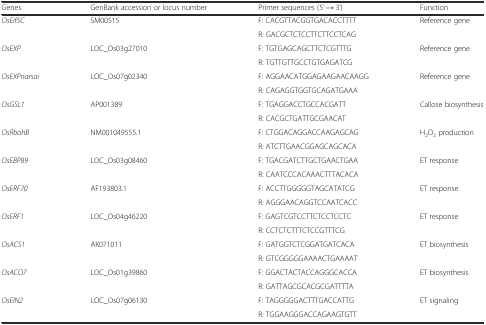
| Genes | GenBank accession or locus number | Primer sequences (5’ → 3’) | Function |
 | --- | --- | --- | --- |
 | <ROWSPAN=2> OsEif5C | <ROWSPAN=2> SM00515 | F: CACGTTACGGTGACACCTTTT | <ROWSPAN=2> Reference gene |
 | R: GACGCTCTCCTTCTTCCTCAG |
 | <ROWSPAN=2> OsEXP | <ROWSPAN=2> LOC_Os03g27010 | F: TGTGAGCAGCTTCTCGTTTG | <ROWSPAN=2> Reference gene |
 | R: TGTTGTTGCCTGTGAGATCG |
 | <ROWSPAN=2> OsEXPnarsai | <ROWSPAN=2> LOC_Os07g02340 | F: AGGAACATGGAGAAGAACAAGG | <ROWSPAN=2> Reference gene |
 | R: CAGAGGTGGTGCAGATGAAA |
 | <ROWSPAN=2> OsGSL1 | <ROWSPAN=2> AP001389 | F: TGAGGACCTGCCACGATT | <ROWSPAN=2> Callose biosynthesis |
 | R: CACGCTGATTGCGAACAT |
 | <ROWSPAN=2> OsRbohB | <ROWSPAN=2> NM001049555.1 | F: CTGGACAGGACCAAGAGCAG | <ROWSPAN=2> H2O2 production |
 | R: ATCTTGAACGGAGCAGCACA |
 | <ROWSPAN=2> OsEBP89 | <ROWSPAN=2> LOC_Os03g08460 | F: TGACGATCTTGCTGAACTGAA | <ROWSPAN=2> ET response |
 | R: CAATCCCACAAACTTTACACA |
 | <ROWSPAN=2> OsERF70 | <ROWSPAN=2> AF193803.1 | F: ACCTTGGGGGTAGCATATCG | <ROWSPAN=2> ET response |
 | R: AGGGAACAGGTCCAATCACC |
 | <ROWSPAN=2> OsERF1 | <ROWSPAN=2> LOC_Os04g46220 | F: GAGTCGTCCTTCTCCTCCTC | <ROWSPAN=2> ET response |
 | R: CCTCTCTTTCTCCGTTTCG |
 | <ROWSPAN=2> OsACS1 | <ROWSPAN=2> AK071011 | F: GATGGTCTCGGATGATCACA | <ROWSPAN=2> ET biosynthesis |
 | R: GTCGGGGGAAAACTGAAAAT |
 | <ROWSPAN=2> OsACO7 | <ROWSPAN=2> LOC_Os01g39860 | F: GGACTACTACCAGGGCACCA | <ROWSPAN=2> ET biosynthesis |
 | R: GATTAGCGCACGCGATTTTA |
 | <ROWSPAN=2> OsEIN2 | <ROWSPAN=2> LOC_Os07g06130 | F: TAGGGGGACTTTGACCATTG | <ROWSPAN=2> ET signaling |
 | R: TGGAAGGGACCAGAAGTGTT |